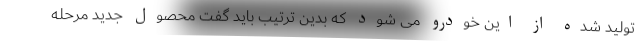
تولید شده از این خودرو می شود که بدین ترتیب باید گفت محصول جدید مرحله